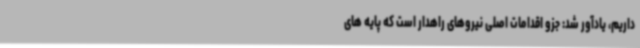
داریم، یادآور شد: جزو اقدامات اصلی نیروهای راهدار است که پایه های